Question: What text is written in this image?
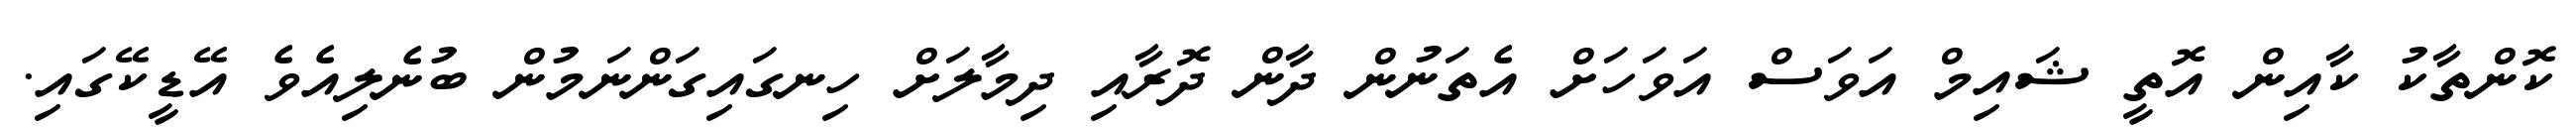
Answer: ކޮންތާކު ކާއިން އޮތީ ޝައިމް އަވަސް އަވަހަށް އެތަނުން ދާން ދޮރާއި ދިމާލަށް ހިނގައިގަންނަމުން ބުނެލިއެވެ އޭޑީކޭގައި.